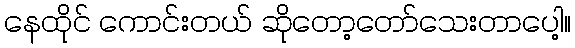
နေထိုင် ကောင်းတယ် ဆိုတော့တော်သေးတာပေါ့။